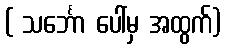
( သင်္ဘော ပေါ်မှ အထွက်)